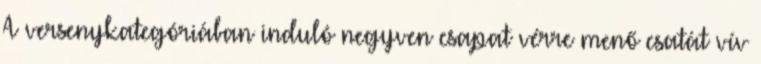
A versenykategóriában induló negyven csapat vérre menő csatát vív